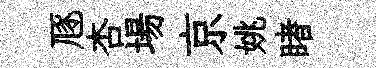
豗杏場京姚睹